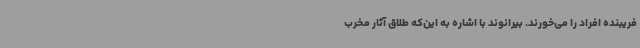
فریبنده افراد را می‌خورند. بیرانوند با اشاره به این‌که طلاق آثار مخرب